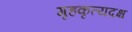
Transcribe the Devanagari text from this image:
गृहकृत्यदक्ष